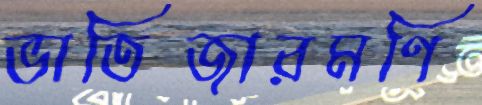
ভাতিজারমণি